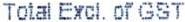
TOTAL EXCL. OF GST